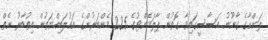
ލަންކާގެ ގާނޫނު އަސާސީގައިވާ ގޮތުން ޕާލަމެންޓުގެ 225 މެންބަރުންގެ އަޣުލަބިއްޔަތުން އިތުބާރު ނެތް